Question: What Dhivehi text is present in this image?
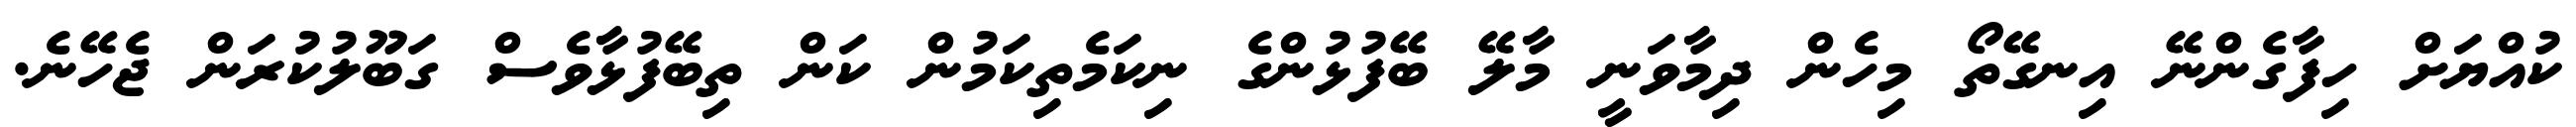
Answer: ކުއްޔަށް ހިފާގެންނޭ އިނގޭތޯ މިހެން ދިމާވަނީ މާލޭ ބޭފުޅުންގެ ނިކަމެތިކަމުން ކަން ތިބޭފުޅާވެސް ގަބޫލުކުރަން ޖެހޭނެ.